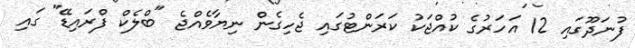
ފުނަދޫގައި 12 އަހަރުގެ ކުއްޖަކު ކަރަންޓުގައި ޖެހިގެން ނިޔާވެއްޖެ "ބްލެކް ފްރައިޑޭ" ގައި